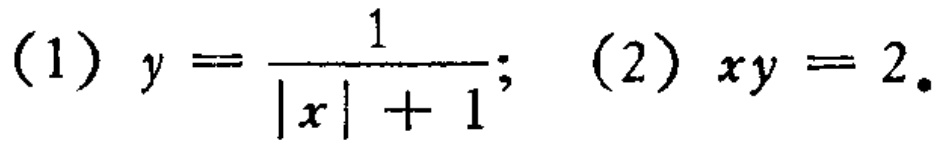
(1) \(y = \frac{1}{|x| + 1}\); (2) \(xy = 2\)